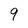
Character: 9